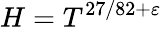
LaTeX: H=T^{27/82+\varepsilon}